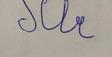
Signature authenticity: forged